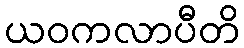
ယဝကလာပီတိ